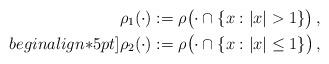
LaTeX: \begin{align*}\rho_1 (\cdot) &:= \rho \bigl( \cdot \cap \{ x: |x| > 1 \} \bigr)\,, \\begin{align*}5pt]\rho_2 (\cdot) &:= \rho \bigl( \cdot \cap \{ x: |x| \leq 1 \} \bigr)\,,\end{align*}